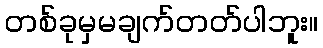
တစ်ခုမှမချက်တတ်ပါဘူး။